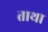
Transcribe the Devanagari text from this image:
ताथा